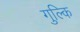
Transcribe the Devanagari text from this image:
गुल्कि